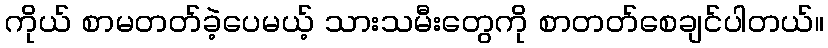
ကိုယ် စာမတတ်ခဲ့ပေမယ့် သားသမီးတွေကို စာတတ်စေချင်ပါတယ်။